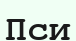
Пси